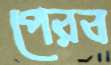
পেরব